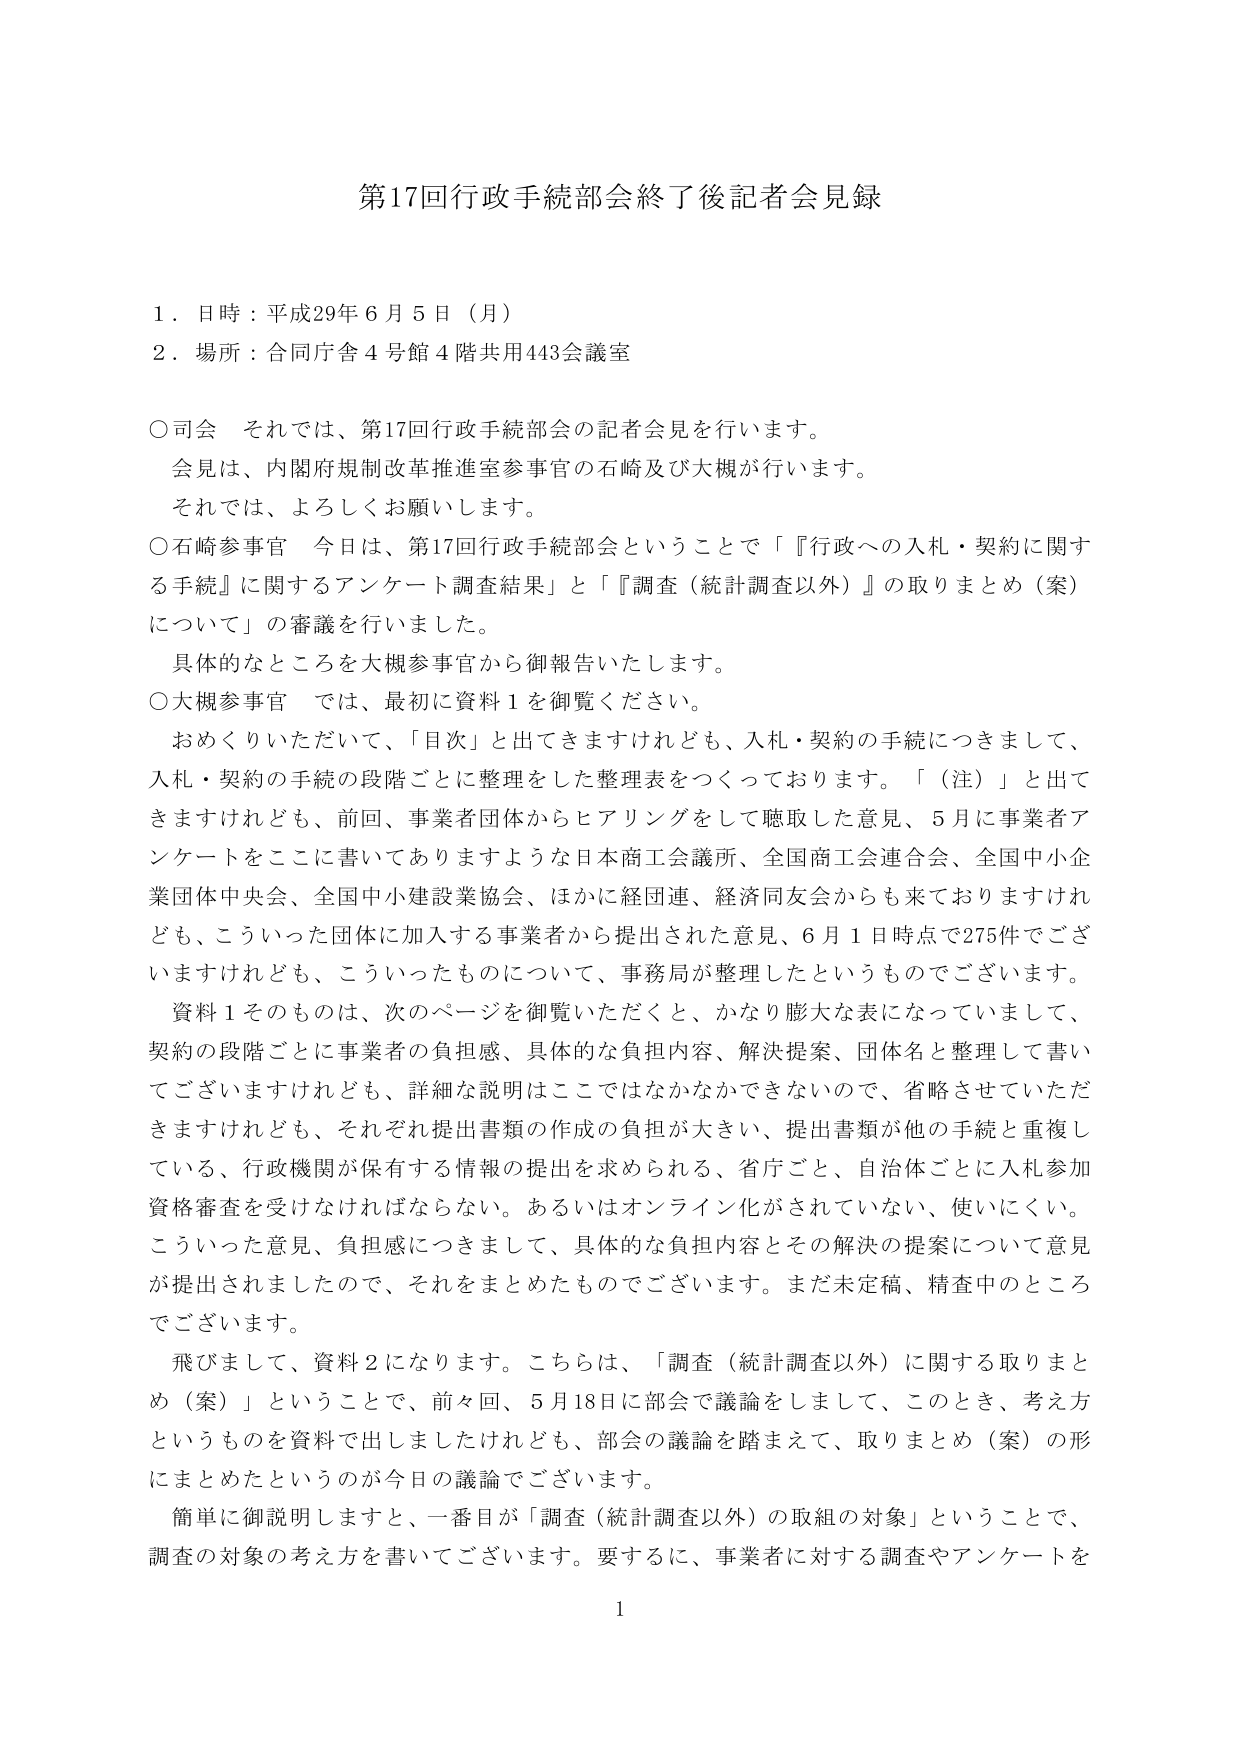
第17回行政手続部会終了後記者会見録

１．日時：平成29年６月５日（月）
２．場所：合同庁舎４号館４階共用443会議室

○司会　それでは、第17回行政手続部会の記者会見を行います。
　会見は、内閣府規制改革推進室参事官の石崎及び大槻が行います。
　それでは、よろしくお願いします。

○石崎参事官　今日は、第17回行政手続部会ということで「『行政への入札・契約に関する手続』に関するアンケート調査結果」と「『調査（統計調査以外）』の取りまとめ（案）について」の審議を行いました。
　具体的なところを大槻参事官から御報告いたします。

○大槻参事官　では、最初に資料１を御覧ください。
　おめくりいただいて、「目次」と出てきますけれども、入札・契約の手続につきまして、入札・契約の手続の段階ごとに整理をした整理表をつくっております。「（注）」と出てきますけれども、前回、事業者団体からヒアリングをして聴取した意見、5月に事業者アンケートをここに書いてありますような日本商工会議所、全国商工会連合会、全国中小企業団体中央会、全国中小建設業協会、ほかに経団連、経済同友会からも来ておりますけれども、こういった団体に加入する事業者から提出された意見、6月1日時点で275件でございますけれども、こういったものについて、事務局が整理したというものです。
　資料１そのものは、次のページを御覧いただくと、かなり膨大な表になっていまして、契約の段階ごとに事業者の負担感、具体的な負担内容、解決提案、団体名と整理して書いてございますけれども、詳細な説明はここではなかなかできないので、省略させていただきますけれども、それぞれ提出書類の作成の負担が大きい、提出書類が他の手続と重複している、行政機関が保有する情報の提出を求められる、省庁ごと、自治体ごとに入札参加資格審査を受けなければならない。あるいはオンライン化がされていない、使いにくい。
　こういった意見、負担感につきまして、具体的な負担内容とその解決の提案について意見が提出されましたので、それをまとめたものでございます。まだ未定稿、精査中のところでございます。

　飛びまして、資料２になります。こちらは、「調査（統計調査以外）に関する取りまとめ（案）」ということで、前々回、5月18日に部会で議論をしまして、このとき、考え方というものを資料で出しましたけれども、部会の議論を踏まえて、取りまとめ（案）の形にまとめたというのが今日の議論でございます。

　簡単に御説明しますと、一番目が「調査（統計調査以外）の取組の対象」ということで、調査の対象の考え方を書いてございます。要するに、事業者に対する調査やアンケートを

1